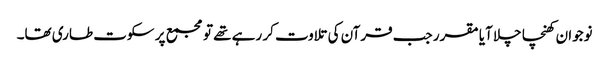
نوجوان کھنچا چلا آیا مقرر جب قرآن کی تلاوت کر رہے تھے تو مجمع پر سکوت طاری تھا۔